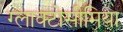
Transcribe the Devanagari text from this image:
ग्लाक्टोसीमिया